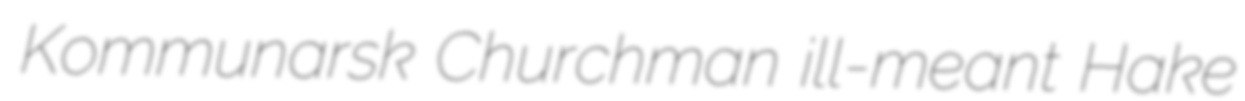
Kommunarsk Churchman ill-meant Hake